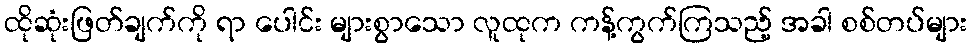
ထိုဆုံးဖြတ်ချက်ကို ရာ ပေါင်း များစွာသော လူထုက ကန့်ကွက်ကြသည့် အခါ စစ်တပ်များ